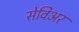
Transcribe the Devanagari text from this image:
सेविअर